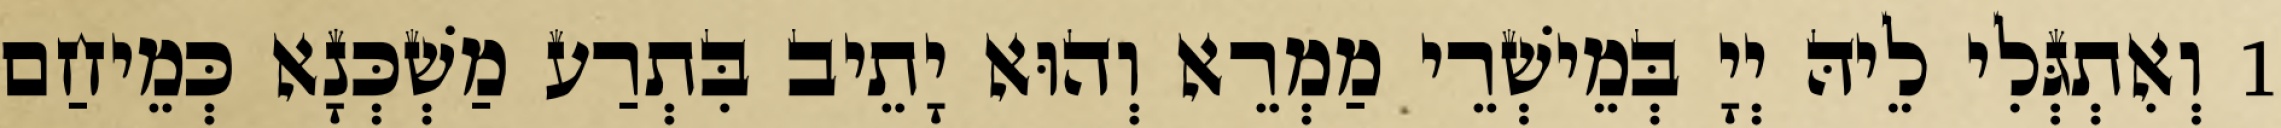
1 וְאִתְגְּלִי לֵיהּ יְיָ בְּמֵישְׁרֵי מַמְרֵא וְהוּא יָתֵיב בִּתְרַע מַשְׁכְּנָא כְּמֵיחַם